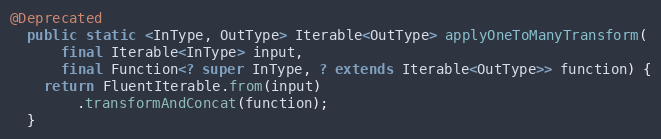
Language: Java
@Deprecated
  public static <InType, OutType> Iterable<OutType> applyOneToManyTransform(
      final Iterable<InType> input,
      final Function<? super InType, ? extends Iterable<OutType>> function) {
    return FluentIterable.from(input)
        .transformAndConcat(function);
  }